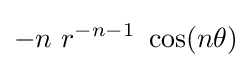
-n~r^{-n-1}~\cos(n\theta )